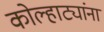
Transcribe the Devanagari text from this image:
कोल्हाट्यांना